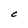
Character: C